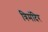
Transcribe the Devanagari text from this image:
त्रिमंदिर